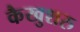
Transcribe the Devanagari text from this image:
कैखुशरु